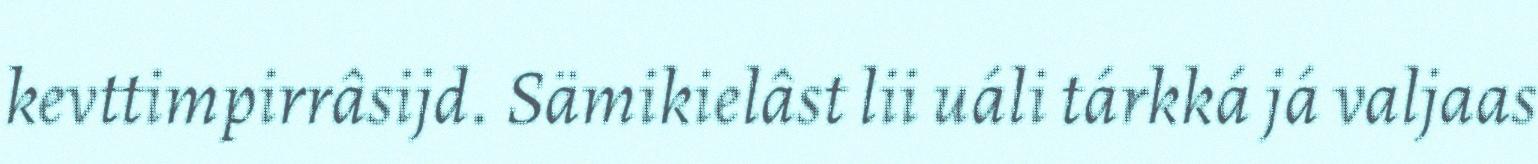
kevttimpirrâsijd. Sämikielâst lii uáli tárkká já valjaas